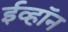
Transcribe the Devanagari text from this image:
ईव्हॉन